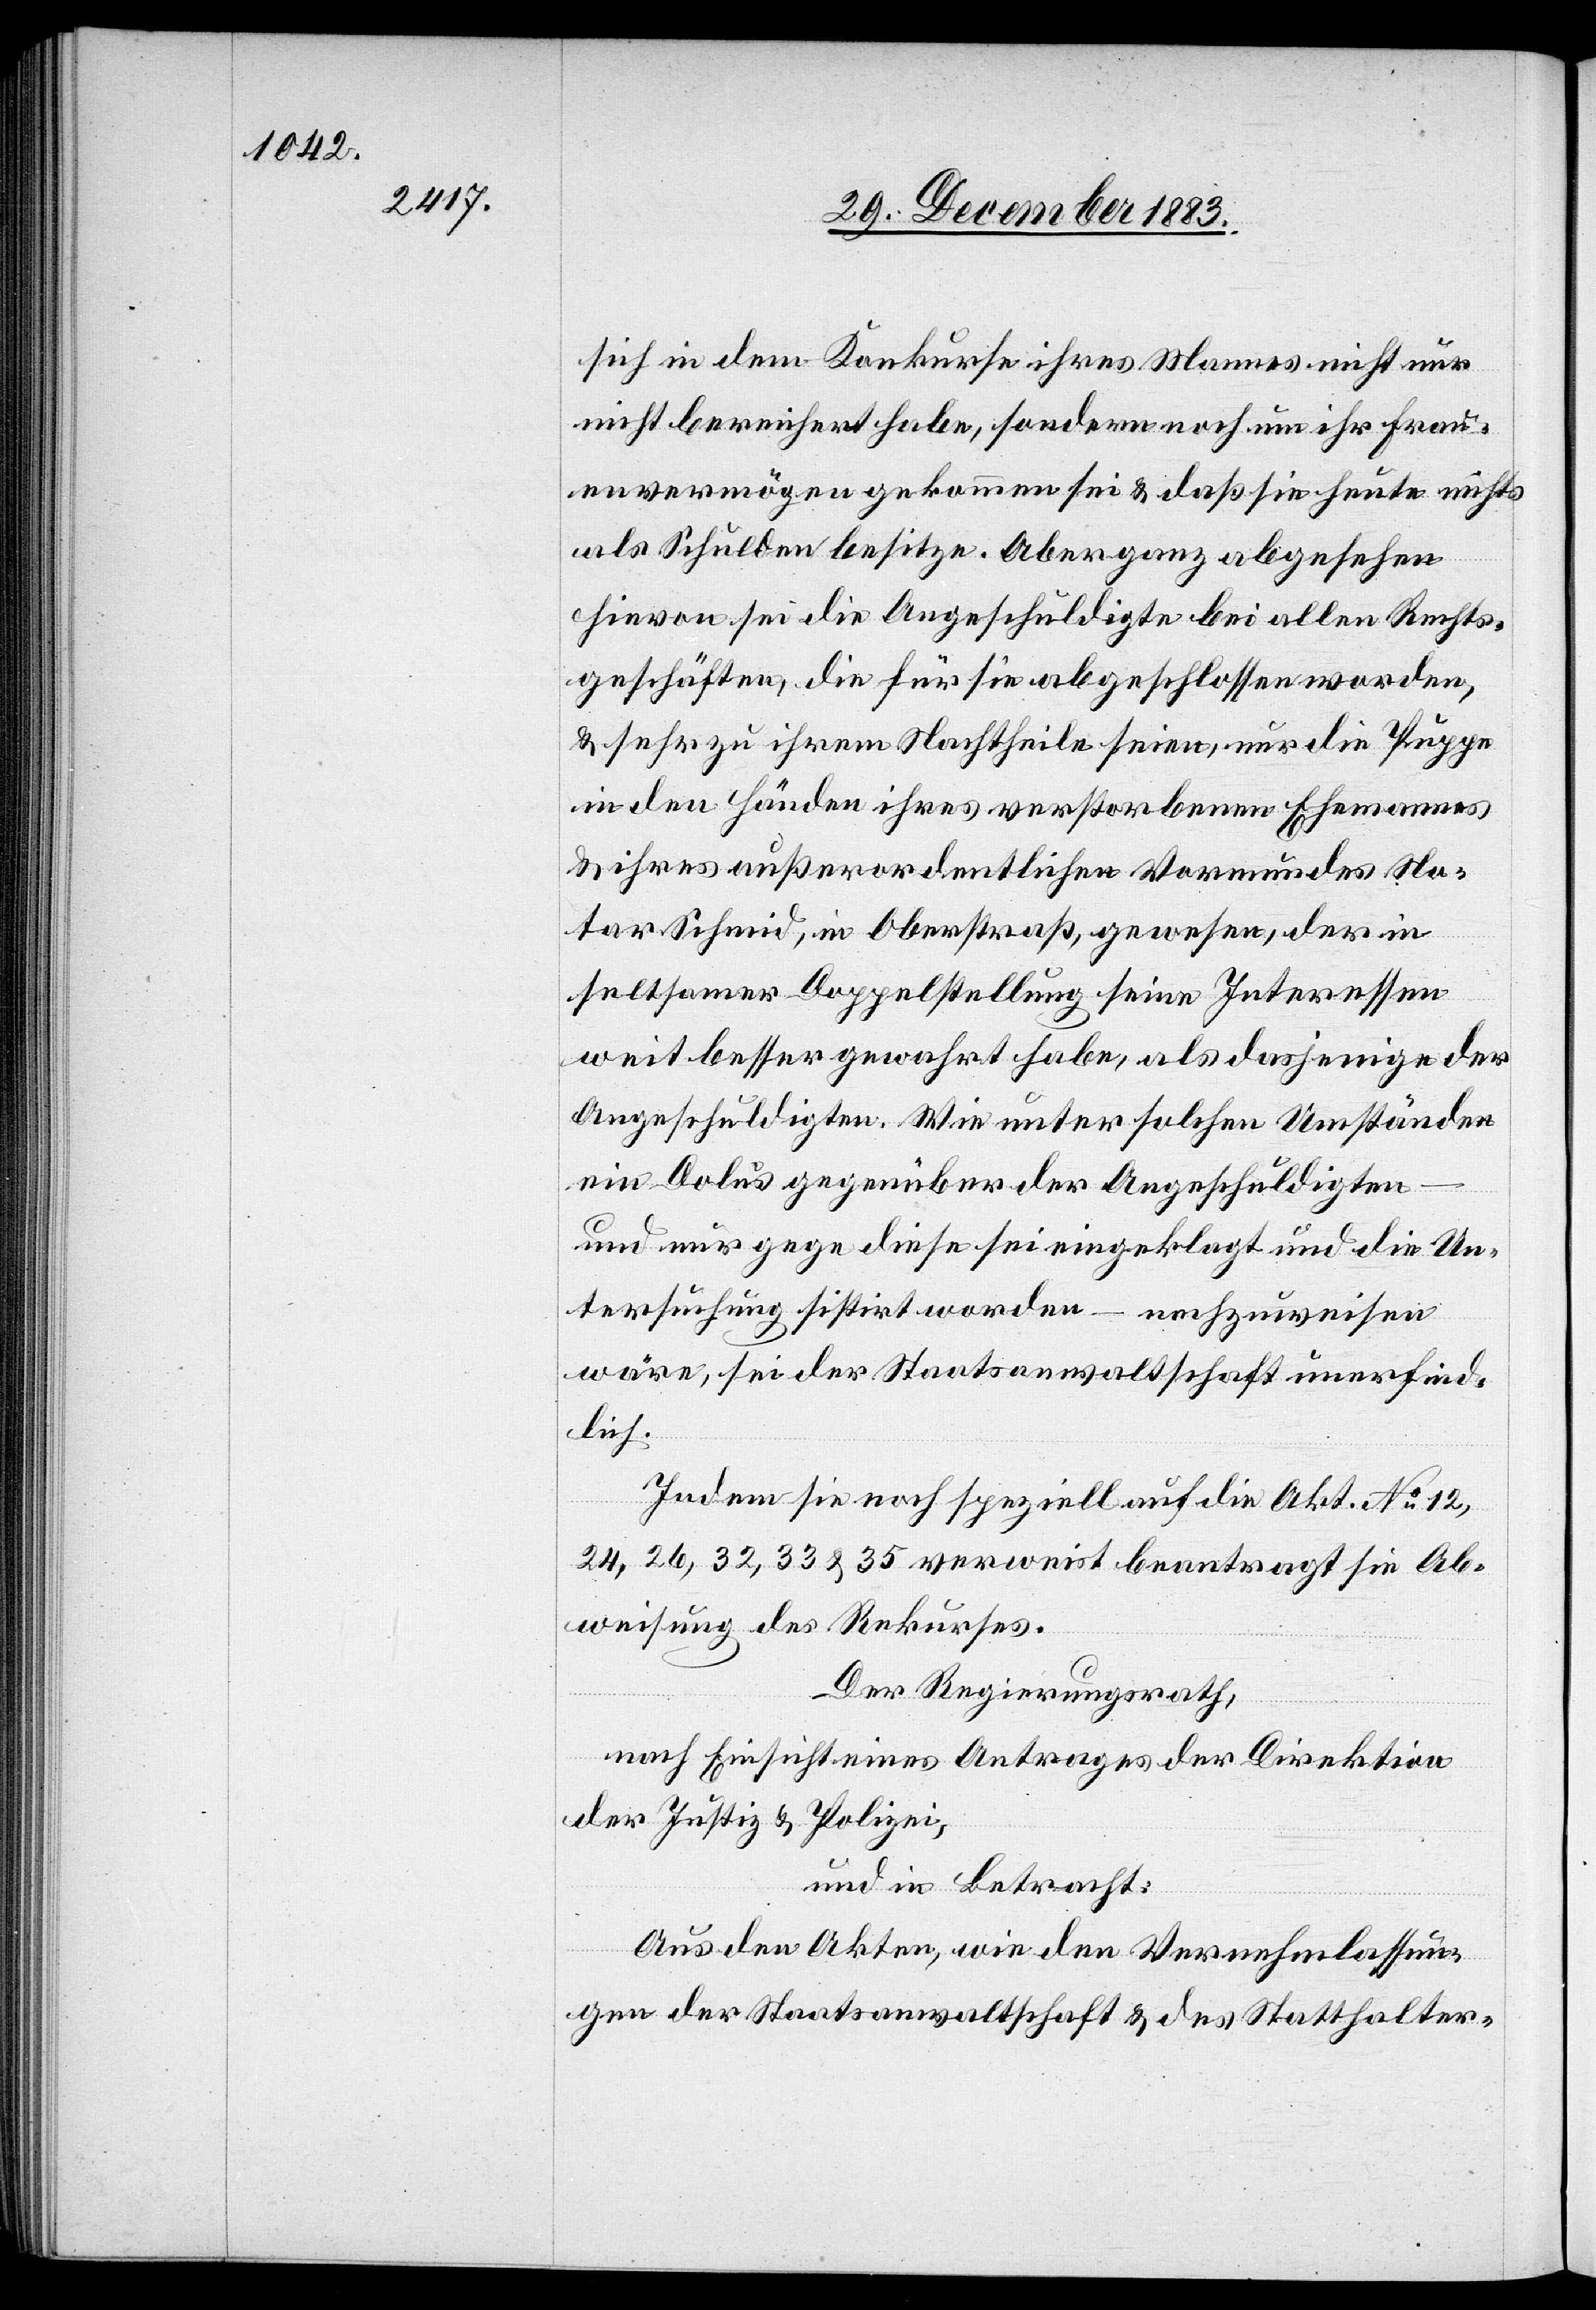
sich in dem Konkurse ihres Mannes nicht nur
nicht bereichert habe, sondern noch um ihr Frau¬
envermögen gekommen sei & daß sie heute nichts
als Schulden besitze. Aber ganz abgesehen
hievon sei die Angeschuldigte bei allen Rechts¬
geschäften, die für sie abgeschlossen worden,
& sehr zu ihrem Nachtheile seien, nur die Puppe
in den Händen ihres verstorbenen Ehemannes
& ihres außerordentlichen Vormundes No¬
tar Schmid, in Oberstraß, gewesen, der in
seltsamer Doppelstellung seine Interessen
weit besser gewahrt habe, als dasjenige der
Angeschuldigten. Wie unter solchen Umständen
ein Dolus gegenüber der Angeschuldigten
und nur gegen diese sei eingeklagt und die Un¬
tersuchung sistirt worden – nachzuweisen
wäre, sei der Staatsanwaltschaft unerfind¬
lich.
Indem sie noch speziell auf die Akt. No 12,
24, 26, 32, 33 & 35 verweist[,] beantragt sie Ab¬
weisung des Rekurses.
Der Regierungsrath,
nach Einsicht eines Antrages der Direktion
der Justiz & Polizei,
und in Betracht:
Aus den Akten, wie den Vernehmlassun¬
gen der Staatsanwaltschaft & des Statthalter-